Civil Veterinary Department Bihar & Orissa reports 1929-36 - 1929-1936
Year: 1929
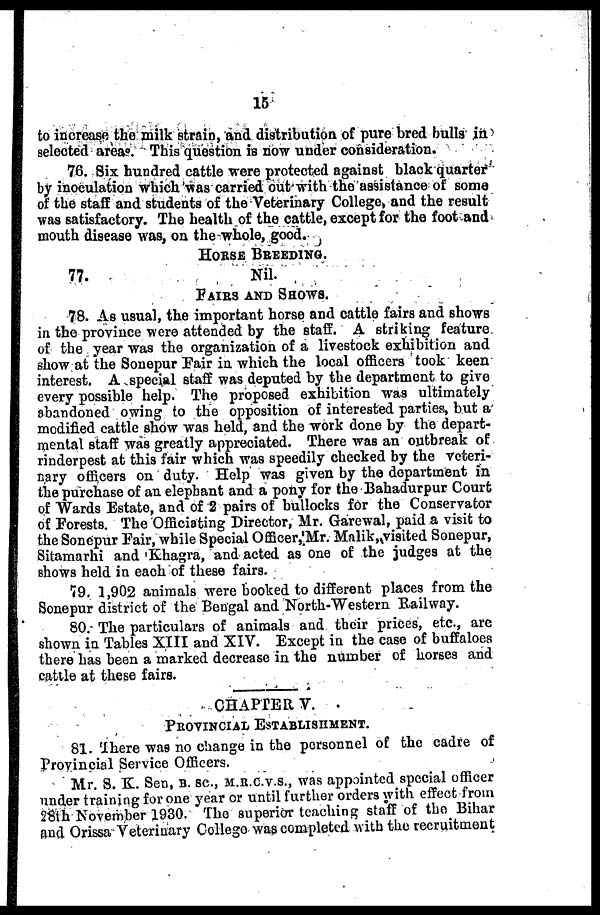
15
to increase the milk strain, and distribution of pure bred bulla in
selected areas. This question is now under consideration.
76. Six hundred cattle were protected against black quarter
by inoculation which was carried out with the assistance of some
of the staff and students of the Veterinary College, and the result
was satisfactory. The health of the cattle, except for the foot and
mouth disease was, on the whole, good.
HORSE BREEDING.
77.
Nil.
FAIRS AND SHOWS.
78. As usual, the important horse and cattle fairs and shows
in the province were attended by the staff. A striking feature
of the year was the organization of a livestock exhibition and
show at the Sonepur Eair in which the local officers took keen
interest. A special staff was deputed by the department to give
every possible help. The proposed exhibition was ultimately
abandoned owing to the opposition of interested parties, but a
modified cattle show was held, and the work done by the depart-
mental staff was greatly appreciated. There was an outbreak of
rinderpest at this fair which was speedily checked by the veteri-
nary officers on duty. Help was given by the department in
the purchase of an elephant and a pony for the Bahadurpur Court
of Wards Estate, and of 2 pairs of bullocks for the Conservator
of Forests. The Officiating Director, Mr. Garewal, paid a visit to
the Sonepur Fair, while Special Officer,'Mr. Malik, visited Sonepur,
Sitamarhi and Khagra, and acted as one of the judges at the
shows held in each of these fairs.
79. 1,902 animals were booked to different places from the
Sonepur district of the Bengal and North-Western Railway.
80. The particulars of animals and their prices, etc., are
shown in Tables XIII and XIV. Except in the case of buffaloes
there has been a marked decrease in the number of horses and
cattle at these fairs.
CHAPTER V.
PROVINCIAL ESTABLISHMENT.
81. There was no change in the personnel of the cadre of
Provincial Service Officers.
Mr. S. K. Sen, B. SC., M.R.C.V.S., was appointed special officer
under training for one year or until further orders with effect from
28th November 1930. The superior teaching staff of the Bihar
and Orissa Veterinary College was completed with the recruitment